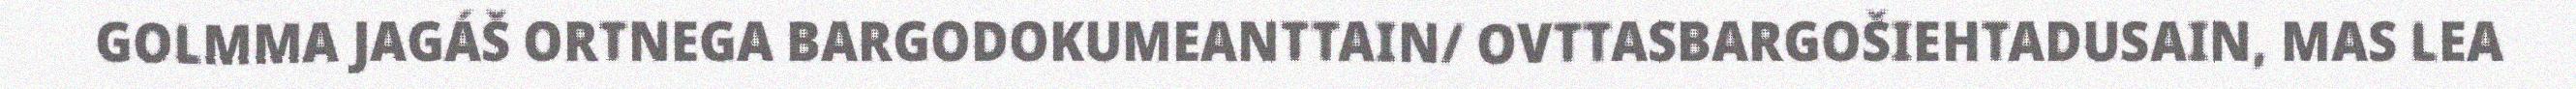
GOLMMA JAGÁŠ ORTNEGA BARGODOKUMEANTTAIN/ OVTTASBARGOŠIEHTADUSAIN, MAS LEA